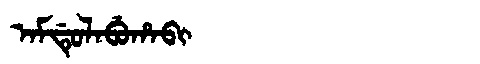
Manchu: ᠠᠮᡩᡠᠯᠠᠪᡠᡥᠠᠪᡳ
Romanization: AMDULABUHABI